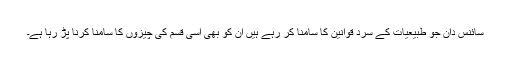
سائنس دان جو طبیعیات کے سرد قوانین کا سامنا کر رہے ہیں ان کو بھی اسی قسم کی چیزوں کا سامنا کرنا پڑ رہا ہے۔